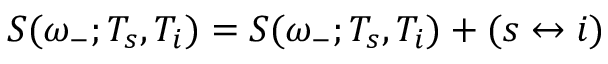
S ( \omega _ { - } ; T _ { s } , T _ { i } ) = { \cal S } ( \omega _ { - } ; T _ { s } , T _ { i } ) + ( s \leftrightarrow i )